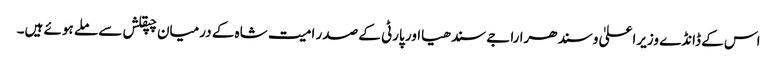
اس کے ڈانڈے وزیراعلیٰ وسندھرا راجے سندھیااور پارٹی کے صدر امیت شاہ کے درمیان چپقلش سے ملے ہوئے ہیں۔